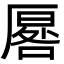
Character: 厬